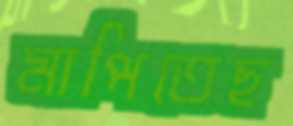
মাপিতেছ